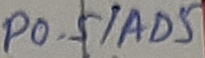
Text: P0.5/AD5